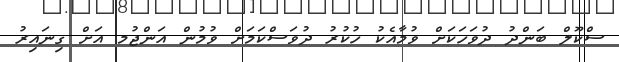
ސްކޫލް ބަންދު ދުވަހަކަށް ވުމާއެކު ހުކުރު ދުވަސްކަމަށް ވުމުން އަންޖުމ އަށް ގިނައިރު